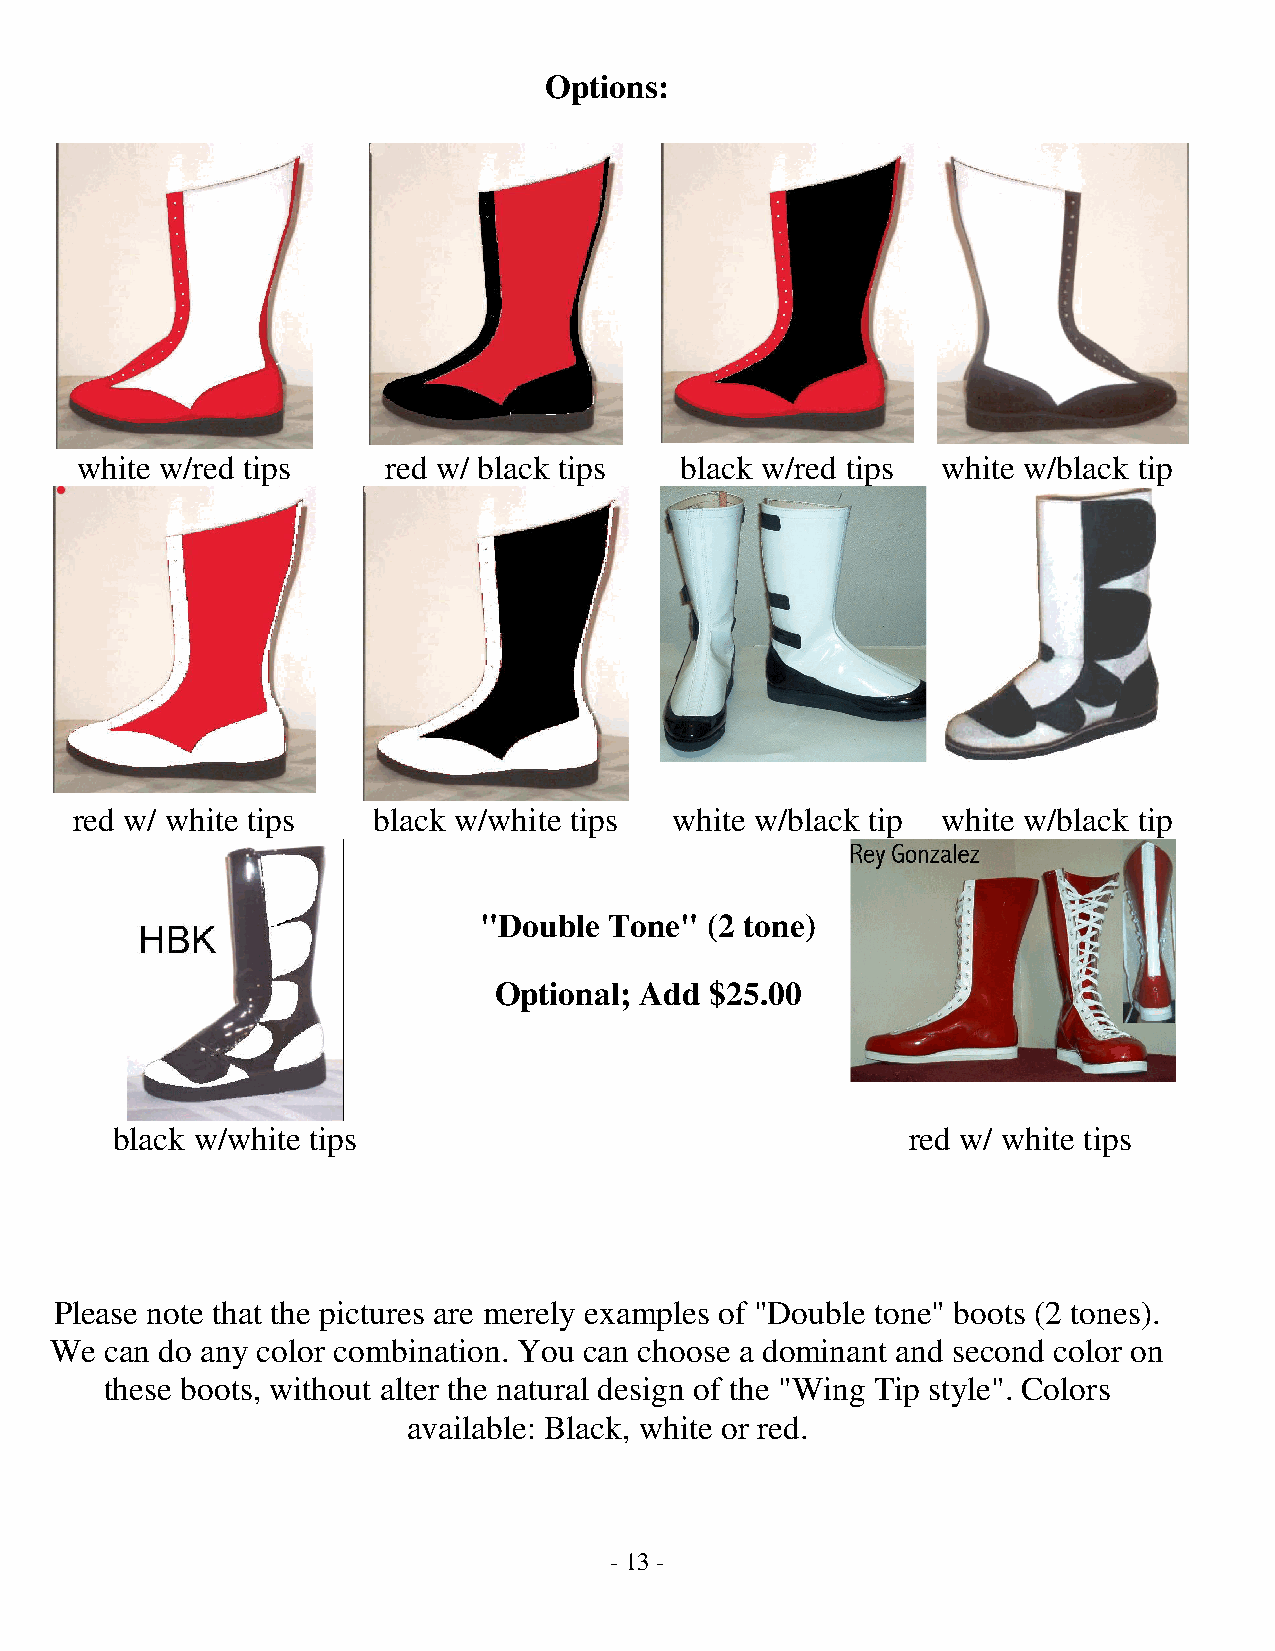
Options:
 white w/red tips     red w/ black tips  black w/red tips white w/black tip
 red w/ white tips   black w/white tips white w/black tip white w/black tip
 "Double Tone"  (2 tone)
 Optional; Add $25.00
 black w/white tips                                   red w/ white tips
 Please note that the pictures are merely examples of "Double tone" boots (2 tones).
 We  can do any color combination. You can choose a dominant and second color on
 these boots, without alter the natural design of the "Wing Tip style". Colors
 available: Black, white or red.
 - 13 -